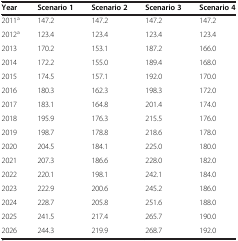
<table><thead><tr><td><b>Year</b></td><td><b>Scenario 1</b></td><td><b>Scenario 2</b></td><td><b>Scenario 3</b></td><td><b>Scenario 4</b></td></tr></thead><tbody><tr><td>2011<sup>a</sup></td><td>147.2</td><td>147.2</td><td>147.2</td><td>147.2</td></tr><tr><td>2012<sup>a</sup></td><td>123.4</td><td>123.4</td><td>123.4</td><td>123.4</td></tr><tr><td>2013</td><td>170.2</td><td>153.1</td><td>187.2</td><td>166.0</td></tr><tr><td>2014</td><td>172.2</td><td>155.0</td><td>189.4</td><td>168.0</td></tr><tr><td>2015</td><td>174.5</td><td>157.1</td><td>192.0</td><td>170.0</td></tr><tr><td>2016</td><td>180.3</td><td>162.3</td><td>198.3</td><td>172.0</td></tr><tr><td>2017</td><td>183.1</td><td>164.8</td><td>201.4</td><td>174.0</td></tr><tr><td>2018</td><td>195.9</td><td>176.3</td><td>215.5</td><td>176.0</td></tr><tr><td>2019</td><td>198.7</td><td>178.8</td><td>218.6</td><td>178.0</td></tr><tr><td>2020</td><td>204.5</td><td>184.1</td><td>225.0</td><td>180.0</td></tr><tr><td>2021</td><td>207.3</td><td>186.6</td><td>228.0</td><td>182.0</td></tr><tr><td>2022</td><td>220.1</td><td>198.1</td><td>242.1</td><td>184.0</td></tr><tr><td>2023</td><td>222.9</td><td>200.6</td><td>245.2</td><td>186.0</td></tr><tr><td>2024</td><td>228.7</td><td>205.8</td><td>251.6</td><td>188.0</td></tr><tr><td>2025</td><td>241.5</td><td>217.4</td><td>265.7</td><td>190.0</td></tr><tr><td>2026</td><td>244.3</td><td>219.9</td><td>268.7</td><td>192.0</td></tr></tbody></table>